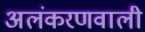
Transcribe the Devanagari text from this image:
अलंकरणवाली